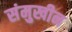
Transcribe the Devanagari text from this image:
संमुखीन